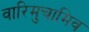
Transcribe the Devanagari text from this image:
वारिमुचामिव